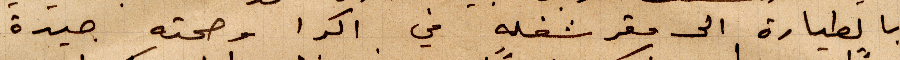
بالطيارة الى مقر شغله في أكرا وصحته جيدة